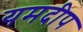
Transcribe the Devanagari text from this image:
यमदीप